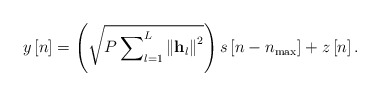
\begin{align*} y\left[ n \right] = \left( {\sqrt {P\sum\nolimits_{l = 1}^L {{{\left\| {{{\bf{h}}_l}} \right\|}^2}} } } \right)s\left[ {n - {n_{\max }}} \right] + z\left[ n \right]. \end{align*}